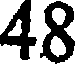
48